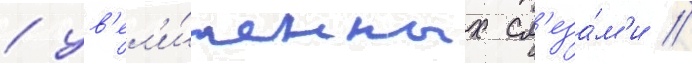
/ ув'ел'и́ченных сл'еза́м'и /